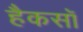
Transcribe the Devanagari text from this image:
हैकसॉ